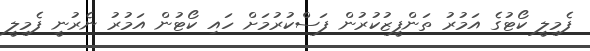
ފެމިލީ ކޯޓުގެ އަމުރު ތަންފީޒުކުރުން ފަސްކުރުމަށް ހައި ކޯޓުން އަމުރު ނެރުނީ ފެމިލީ